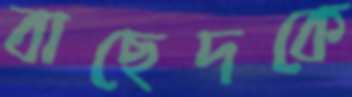
বাছেদকে